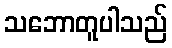
သဘောတူပါသည်